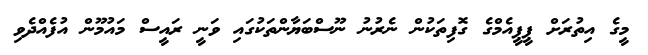
މީގެ އިތުރަށް ޕީޕީއެމްގެ ގޮފިތަކުން ނެރުނު ނޫސްބަޔާންތަކުގައި ވަނީ ރައީސް މައުމޫން އުފެއްދެވި